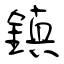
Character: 鎮